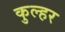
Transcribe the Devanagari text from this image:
कुल्हर